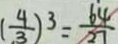
( \frac { 4 } { 3 } ) ^ { 3 } = \frac { 6 4 } { 2 7 }